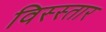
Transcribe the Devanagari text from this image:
विस्स्तार